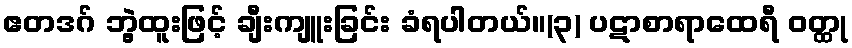
ဧတဒဂ် ဘွဲ့ထူးဖြင့် ချီးကျူးခြင်း ခံရပါတယ်။(၃) ပဋာစာရာထေရီ ဝတ္ထု